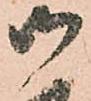
御